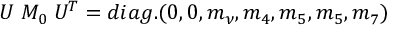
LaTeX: U \; { \cal M } _ { 0 } \; U ^ { T } = d i a g . ( 0 , 0 , m _ { \nu } , m _ { 4 } , m _ { 5 } , m _ { 5 } , m _ { 7 } )